Annual vaccination report of Bihar and Orissa - 1911-1928
Year: 1911
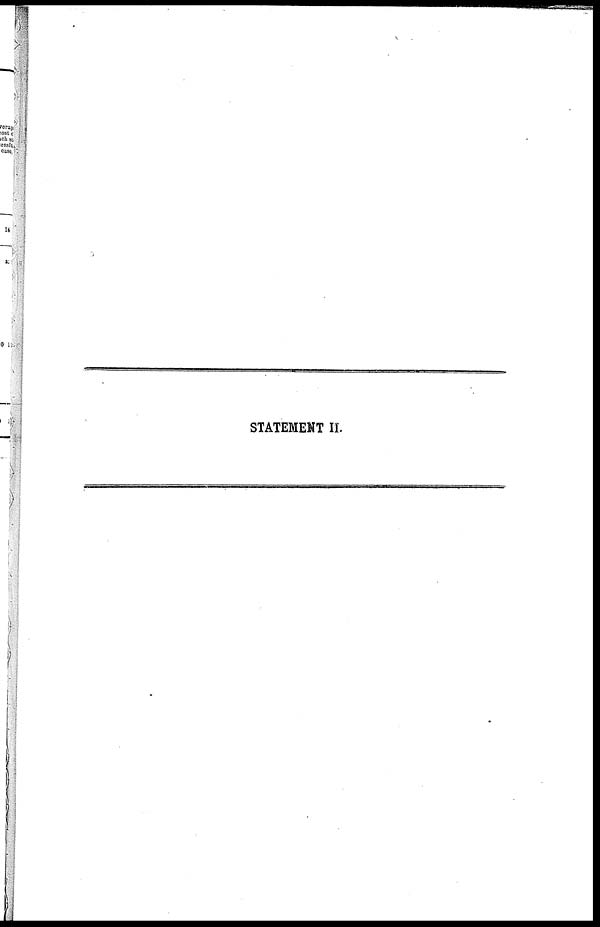
STATEMENT II.